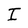
Character: I